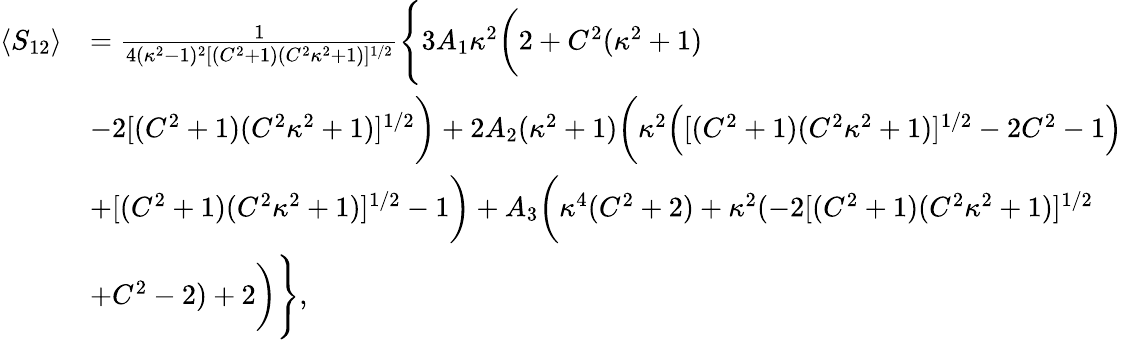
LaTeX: \begin{array}{rl}{\langle S_{12}\rangle}&{=\frac{1}{4(\kappa^{2}-1)^{2}[(C^{2}+1)(C^{2}\kappa^{2}+1)]^{1/2}}\Bigg\{ 3A_{1}\kappa^{2}\bigg(2+C^{2}(\kappa^{2}+1)}\\ &{-2[(C^{2}+1)(C^{2}\kappa^{2}+1)]^{1/2}\bigg)+2A_{2}(\kappa^{2}+1)\bigg(\kappa^{2}\Big([(C^{2}+1)(C^{2}\kappa^{2}+1)]^{1/2}-2C^{2}-1\Big)}\\ &{+[(C^{2}+1)(C^{2}\kappa^{2}+1)]^{1/2}-1\bigg)+A_{3}\bigg(\kappa^{4}(C^{2}+2)+\kappa^{2}(-2[(C^{2}+1)(C^{2}\kappa^{2}+1)]^{1/2}}\\ &{+C^{2}-2)+2\bigg)\Bigg\} ,}\end{array}